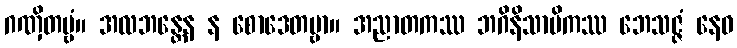
ဂဏှိတဗ္ဗံ။ အလဘန္တေန န စောဒေတဗ္ဗာ။ အညာတကဿ ဘဂိနိသာမိကဿ ဘေသဇ္ဇံ နေဝ